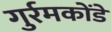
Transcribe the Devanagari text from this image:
गुर्रमकोंडे